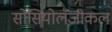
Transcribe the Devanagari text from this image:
सोसियोलॅजीकल